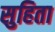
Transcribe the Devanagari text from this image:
सुहिता